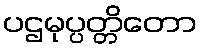
ပဌမုပ္ပတ္တိတော